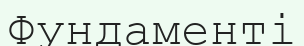
Фундаменті